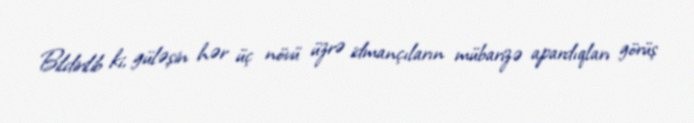
Bildirilib ki, güləşin hər üç növü üzrə idmançıların mübarizə apardıqları görüş